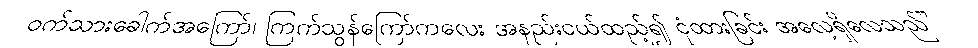
ဝက်သားခေါက်အကြော်၊ ကြက်သွန်ကြော်ကလေး အနည်းငယ်ထည့်၍ ငုံထားခြင်း အလေ့ရှိလေသည်”